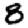
Digit: 8